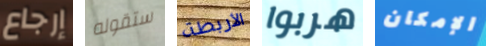
إرجاع ستقوله الأربطة هربوا الإمكان